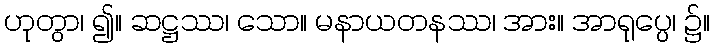
ဟုတွာ၊ ၍။ ဆဋ္ဌဿ၊ သော။ မနာယတနဿ၊ အား။ အာရုပ္ပေ၊ ၌။